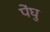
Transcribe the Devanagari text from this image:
पेंघु